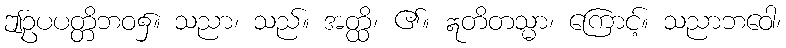
ဤဥပပတ္တိဘဝ၌။ သညာ၊ သည်။ အတ္ထိ၊ ၏။ ဣတိတသ္မာ၊ ကြောင့်။ သညာဘဝေါ၊